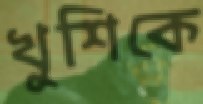
খুশিকে